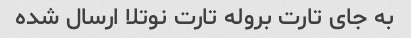
به جای تارت بروله تارت نوتلا ارسال شده